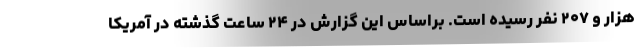
هزار و ۲۰۷ نفر رسیده است. براساس این گزارش در ۲۴ ساعت گذشته در آمریکا